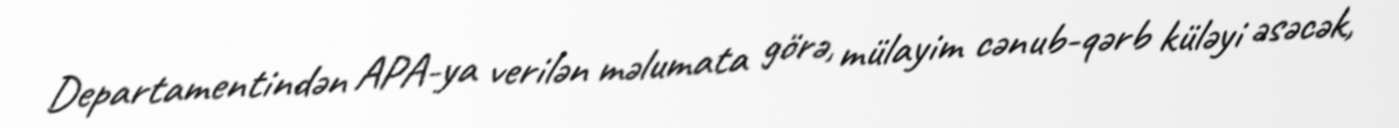
Departamentindən APA-ya verilən məlumata görə, mülayim cənub-qərb küləyi əsəcək,